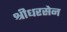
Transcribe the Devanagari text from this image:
श्रीधरसेन